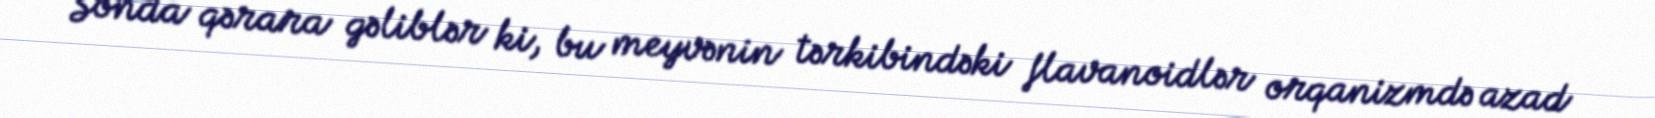
Sonda qərara gəliblər ki, bu meyvənin tərkibindəki flavanoidlər orqanizmdə azad